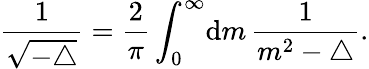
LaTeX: \frac{1}{\sqrt{-\triangle}}=\frac{2}{\pi}\int_{0}^{\infty}\! {{\mathrm d}}m\, \frac{1}{m^{2}-\triangle}.